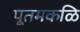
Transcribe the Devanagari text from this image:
पूतमकळि